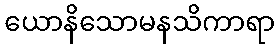
ယောနိသောမနသိကာရာ